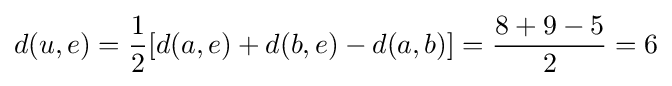
d(u,e)={\frac {1}{2}}[d(a,e)+d(b,e)-d(a,b)]={\frac {8+9-5}{2}}=6